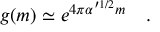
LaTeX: g ( m ) \simeq e ^ { 4 \pi \alpha ^ { \prime 1 / 2 } m } \quad .